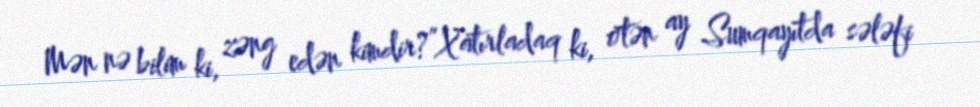
Mən nə bilim ki, zəng edən kimdir?”Xatırladaq ki, ötən ay Sumqayıtda sələfi